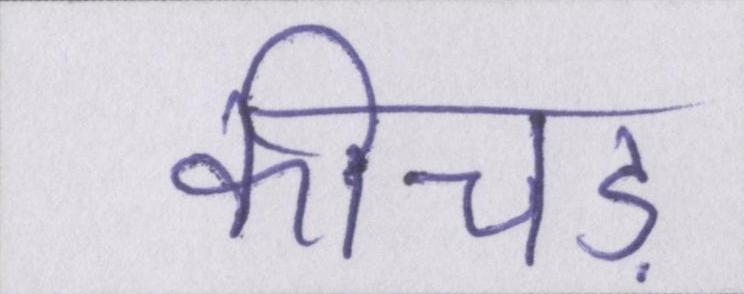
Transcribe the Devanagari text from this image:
कीचड़